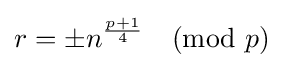
r=\pm n^{\frac {p+1}{4}}{\pmod {p}}